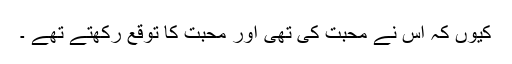
کیوں کہ اُس نے محبت کی تھی اور محبت کا توقع رکھتے تھے ۔